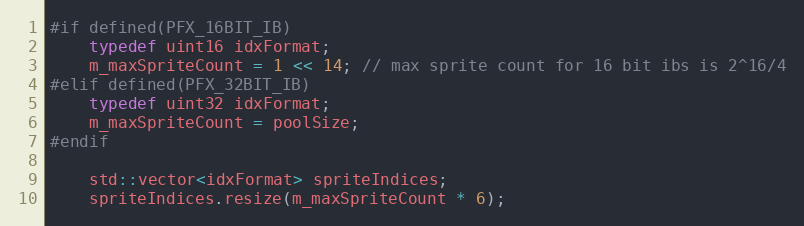
Language: C++
#if defined(PFX_16BIT_IB)
	typedef uint16 idxFormat;
	m_maxSpriteCount = 1 << 14; // max sprite count for 16 bit ibs is 2^16/4
#elif defined(PFX_32BIT_IB)
	typedef uint32 idxFormat;
	m_maxSpriteCount = poolSize;
#endif

	std::vector<idxFormat> spriteIndices;
	spriteIndices.resize(m_maxSpriteCount * 6);